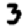
Digit: 3